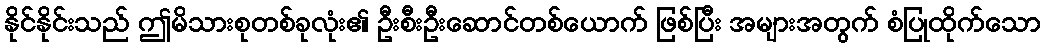
နိုင်နိုင်းသည် ဤမိသားစုတစ်ခုလုံး၏ ဦးစီးဦးဆောင်တစ်ယောက် ဖြစ်ပြီး အများအတွက် စံပြုထိုက်သော